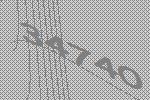
34740